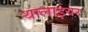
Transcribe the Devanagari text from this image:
थालाइयर